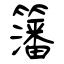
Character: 籓